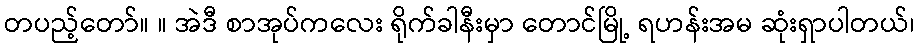
တပည့်တော်။ ။ အဲဒီ စာအုပ်ကလေး ရိုက်ခါနီးမှာ တောင်မြို့ ရဟန်းအမ ဆုံးရှာပါတယ်၊